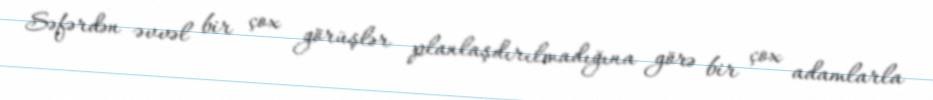
Səfərdən əvvəl bir çox görüşlər planlaşdırılmadığına görə bir çox adamlarla